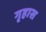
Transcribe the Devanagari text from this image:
गृहास